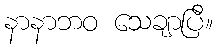
နာနာဘဝ သေချာပြီ။